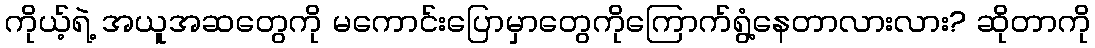
ကိုယ့်ရဲ့ အယူအဆတွေကို မကောင်းပြောမှာတွေကိုကြောက်ရွံ့နေတာလားလား? ဆိုတာကို